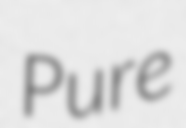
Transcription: Pure